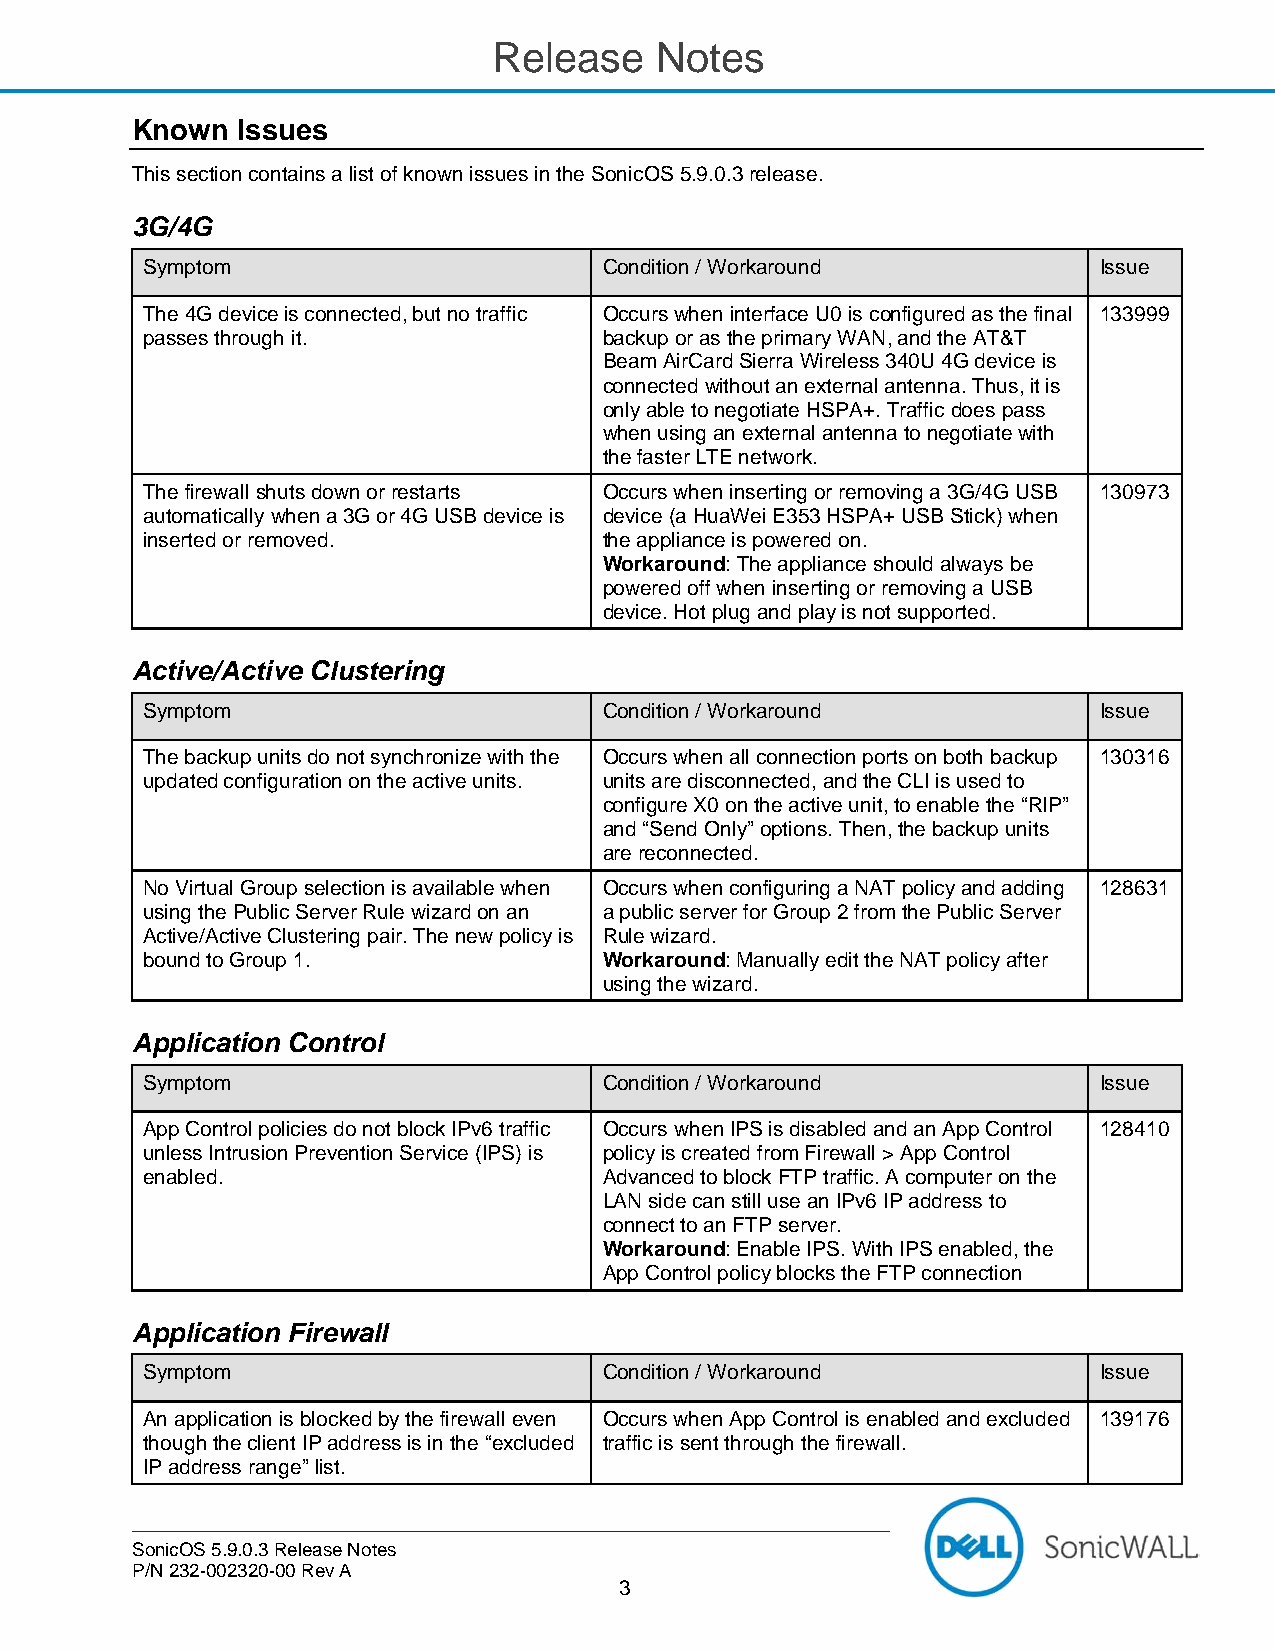
Release   Notes
 Known  Issues
 This section contains a list of known issues in the SonicOS 5.9.0.3 release.
 3G/4G
 Symptom                        Condition / Workaround           Issue
 The 4G device is connected, but no traffic Occurs when interface U0 is configured as the final 133999
 passes through it.             backup or as the primary WAN, and the AT&T
 Beam AirCard Sierra Wireless 340U 4G device is
 connected without an external antenna. Thus, it is
 only able to negotiate HSPA+. Traffic does pass
 when using an external antenna to negotiate with
 the faster LTE network.
 The firewall shuts down or restarts Occurs when inserting or removing a 3G/4G USB 130973
 automatically when a 3G or 4G USB device is device (a HuaWei E353 HSPA+ USB Stick) when
 inserted or removed.           the appliance is powered on.
 Workaround: The appliance should always be
 powered off when inserting or removing a USB
 device. Hot plug and play is not supported.
 Active/Active Clustering
 Symptom                        Condition / Workaround           Issue
 The backup units do not synchronize with the Occurs when all connection ports on both backup 130316
 updated configuration on the active units. units are disconnected, and the CLI is used to
 configure X0 on the active unit, to enable the “RIP”
 and “Send Only” options. Then, the backup units
 are reconnected.
 No Virtual Group selection is available when Occurs when configuring a NAT policy and adding 128631
 using the Public Server Rule wizard on an a public server for Group 2 from the Public Server
 Active/Active Clustering pair. The new policy is Rule wizard.
 bound to Group 1.              Workaround: Manually edit the NAT policy after
 using the wizard.
 Application Control
 Symptom                        Condition / Workaround           Issue
 App Control policies do not block IPv6 traffic Occurs when IPS is disabled and an App Control 128410
 unless Intrusion Prevention Service (IPS) is policy is created from Firewall > App Control
 enabled.                       Advanced to block FTP traffic. A computer on the
 LAN side can still use an IPv6 IP address to
 connect to an FTP server.
 Workaround: Enable IPS. With IPS enabled, the
 App Control policy blocks the FTP connection
 Application Firewall
 Symptom                        Condition / Workaround           Issue
 An application is blocked by the firewall even Occurs when App Control is enabled and excluded 139176
 though the client IP address is in the “excluded traffic is sent through the firewall.
 IP address range” list.
 SonicOS 5.9.0.3 Release Notes
 P/N 232-002320-00 Rev A
 3